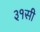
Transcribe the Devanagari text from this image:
३१सी